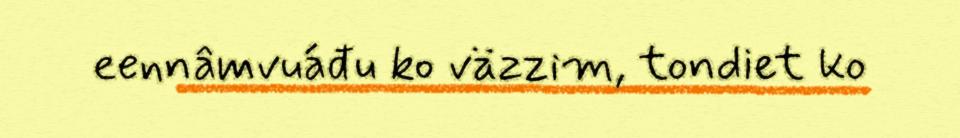
eennâmvuáđu ko väzzim, tondiet ko